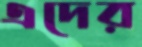
এদের